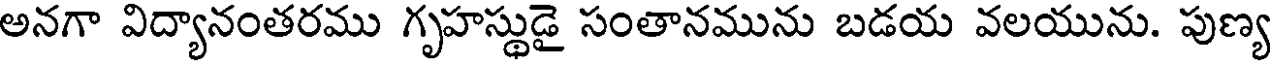
అనగా విద్యానంతరము గృహస్థుడై సంతానమును బడయ వలయును. పుణ్య